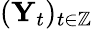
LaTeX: (\mathbf{Y}_{t})_{t\in\mathbb{Z}}